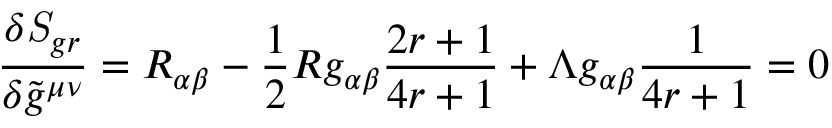
\frac { \delta { \it S } _ { g r } } { \delta \tilde { g } ^ { \mu \nu } } = R _ { \alpha \beta } - \frac { 1 } { 2 } R g _ { \alpha \beta } \frac { 2 r + 1 } { 4 r + 1 } + \Lambda g _ { \alpha \beta } \frac { 1 } { 4 r + 1 } = 0